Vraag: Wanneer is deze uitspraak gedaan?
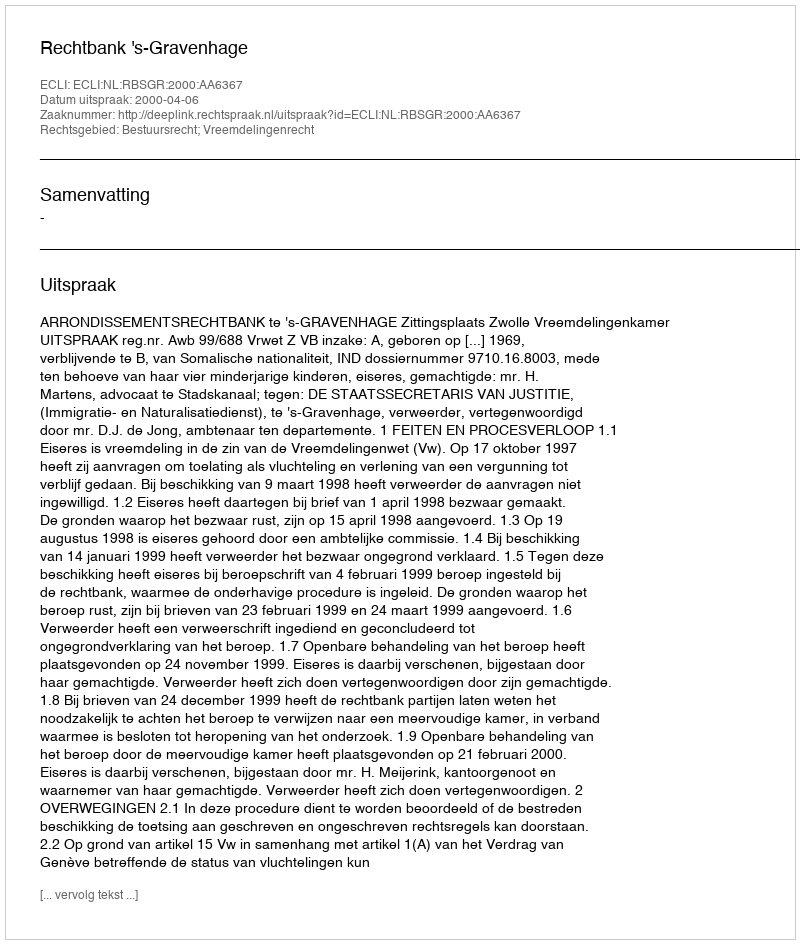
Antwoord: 2000-04-06